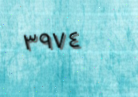
٣٩٧٤